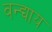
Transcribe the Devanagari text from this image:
वन्द्याय